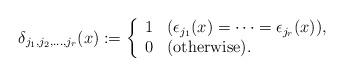
LaTeX: \begin{align*}\delta_{j_{1}, j_{2}, \ldots , j_{r}}(x):=\left\{ \begin{array}{ll}1 & (\epsilon_{j_{1}}(x)=\cdots =\epsilon_{j_{r}}(x)), \\0 & (\hbox{otherwise}).\end{array}\right. \end{align*}